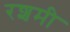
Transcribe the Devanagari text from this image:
रशमी